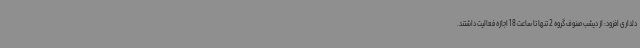
دلداری افزود: از دیشب صنوف گروه 2 تنها تا ساعت 18 اجازه فعالیت داشتند.